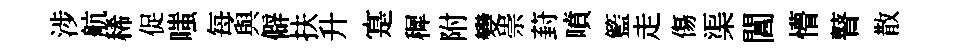
涉航稀促嗤每與僻扶升寔穉附變崇葑噴籃走傷渠閶懵瞽散